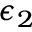
\epsilon _ { 2 }